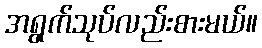
အရွက်သုပ်လည်းစားမယ်။